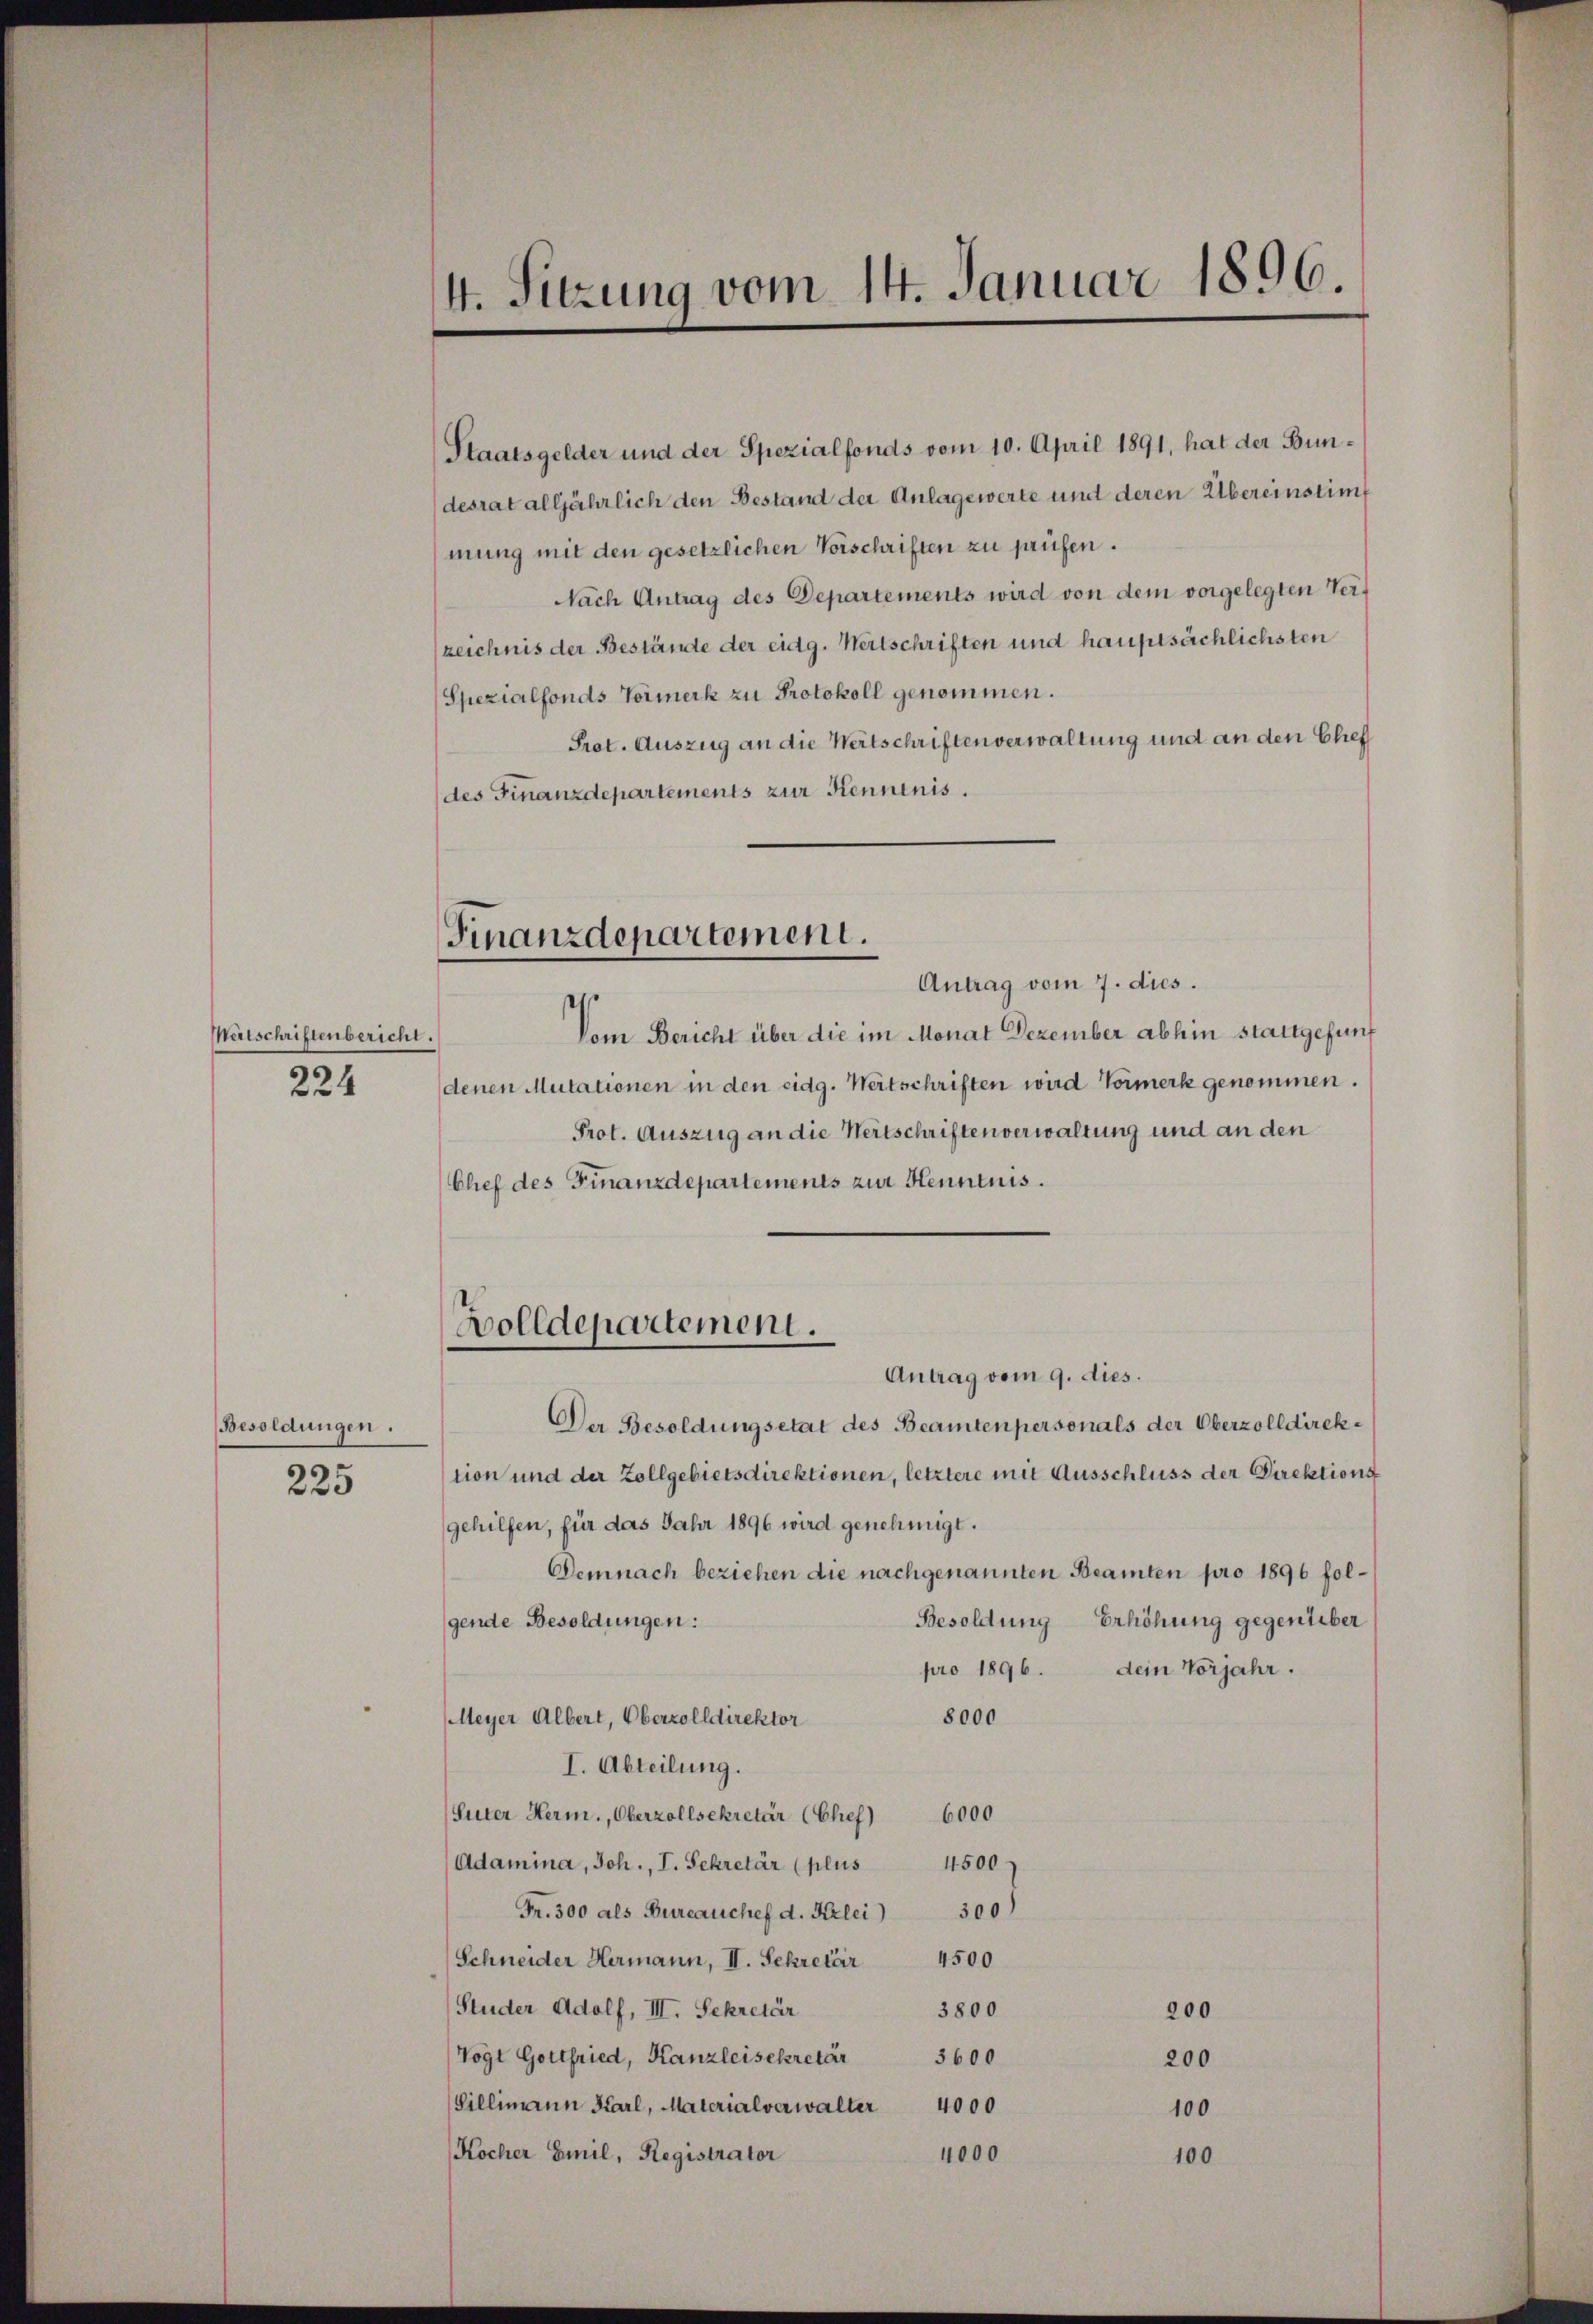
Watschriftenbericht.
224

Besoldungen.

225

4. Sitzung vom 14. Januar 1896.

Staatsgelder und der Spezialfonds vom 10. April 1891, hat der Bundesrat alljährlich den Bestand der Anlagewerte und deren Übereinstimmung mit den gesetzlichen Vorschriften zu prüfen.
Nach Antrag des Departements wird von dem vorgelegten Terzeichnis der Bestände der eidg. Wertschriften und hauptsächlichsten
Spezialfonds Vormerk zu Protokoll genommen.
Prot. Auszug an die Wertschriften verwaltung und an den Glief
(des Finanzdepartements zur Kenntnis.

Antrag vom 7. dies.
Vom Bericht über die im Monat Dezember abhin stattgefunf
denen Mutationen in den eidg. Wertschriften wird Vormerk genommen.
Prot. Auszug an die Wertschriften verwaltung und an den
Chef des Finanzdepartements zur Kenntnis.

Antrag vom 9. dies.
Der Besoldungsetat des Beamtenpersonals der Oberzolldirektion und der Zollgebietsdirektionen, letztere mit Ausschluss der Direktions
gehilfen, für das Jahr 1896 wird genehmigt.
Demnach beziehen die nachgenannten Beamten pro 1896 folgende Besoldungen:
Besoldung Erhöhung gegenüber
pro 1896. Dein Vorjahr.
8000
MMeyer Albert, Oberzolldirektor
I. Abteilung.
Suter Herm., Oberzollsekretär (Chef 6000
Adamina, Joh., I. Sekretär (plus 4500
Fr. 300 als Bureauchef d. Krei) 300)
Schneider Hermann, II. Sekretir 4500
Studer Adolf, III. Sekretär
3800
200
Vogt Gottfried, Kanzleisekretär 3600
200
Gillimann Karl, Materialverwalter 4000
100
Kocher Emil, Registrator
4000
100

Finanzdepartement.

Bolldepartement.